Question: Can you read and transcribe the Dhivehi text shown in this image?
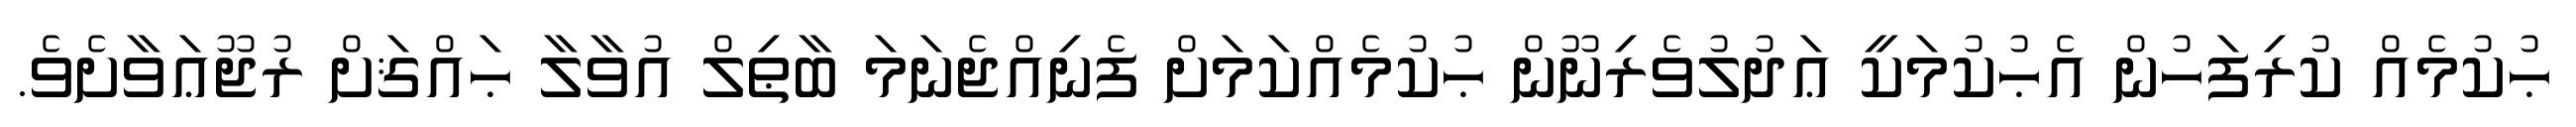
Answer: ޙުކުމެއް ކުރިފަހުން އެޙުކުމަކީ ޢަދުލުވެރިނޫން ޙުކުމެއްކަމަށް ފެނިއްޖެނަމަ ބާޠިލް އުވާލާ ޙައްޤަށް ރުޖޫޢަވާށެވެ.